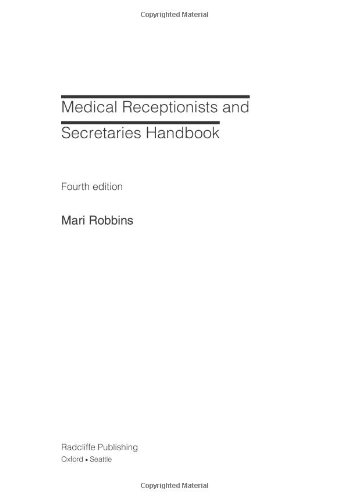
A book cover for Medical Receptionists and Secretaries Handbook, 4th Edition; Mari Robbins; Medical Books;